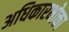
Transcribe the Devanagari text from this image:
अधिकारभोक्ता